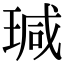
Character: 瑊